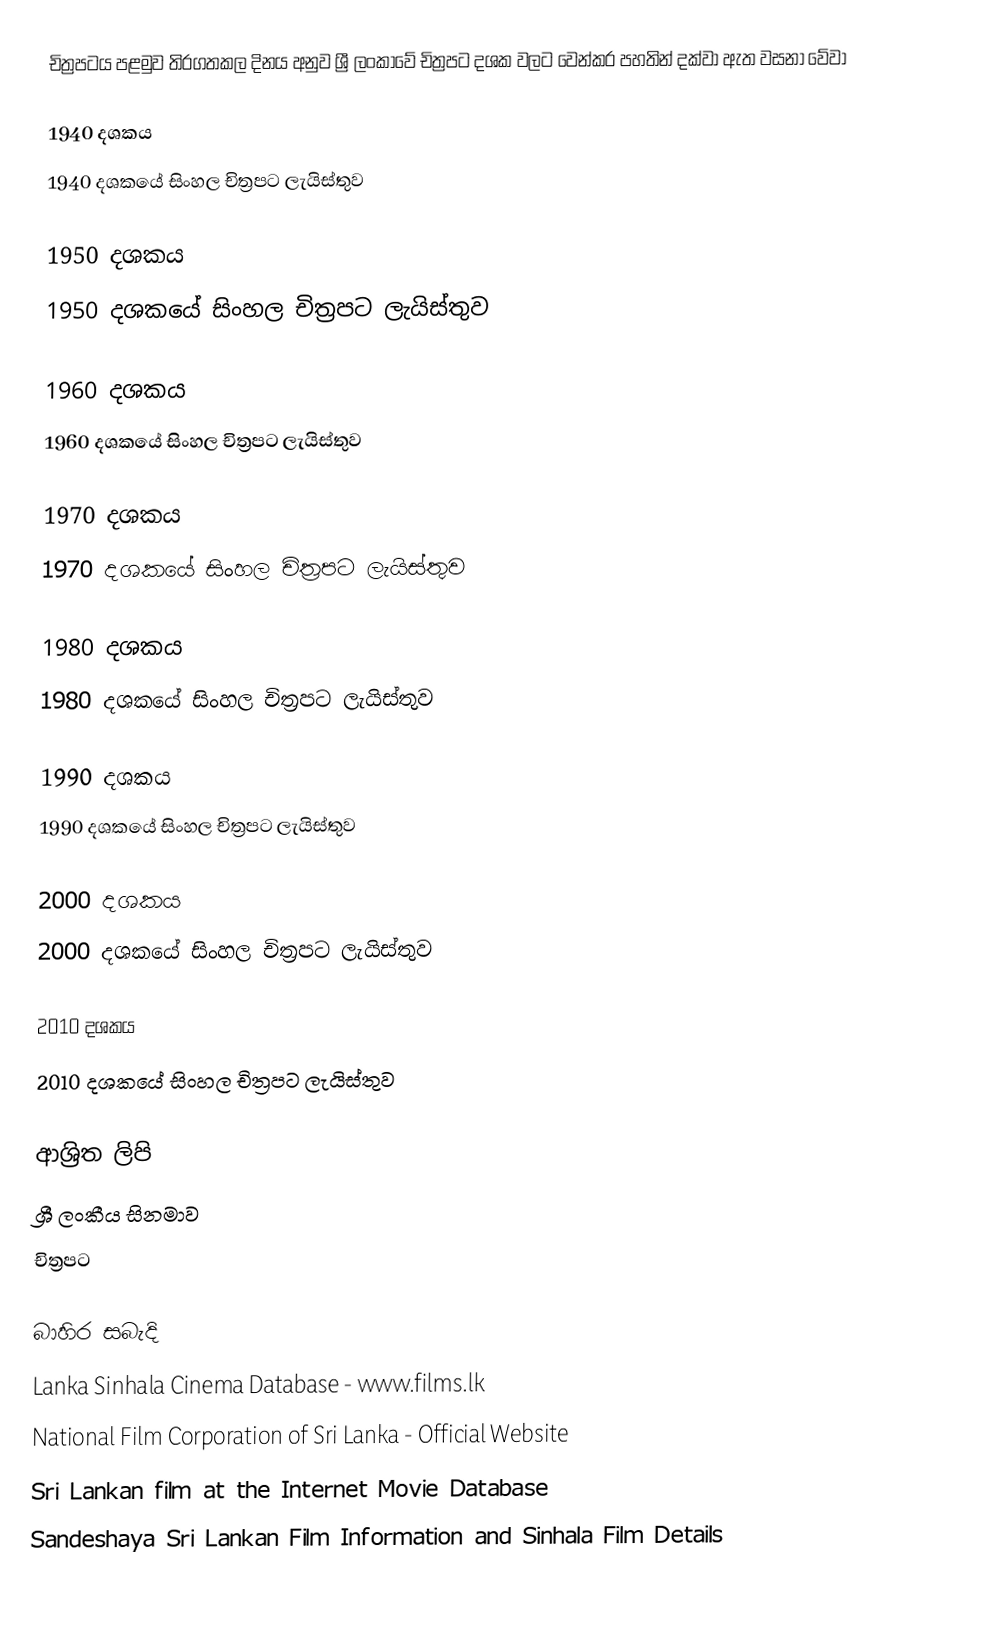
චිත්‍රපටය පළමුව තිරගතකල දිනය අනුව ශ්‍රී ලංකාවේ චිත්‍රපට දශක වලට වෙන්කර පහතින් දක්වා ඇත   වසනා වේවා

1940 දශකය
1940 දශකයේ සිංහල චිත්‍රපට ලැයිස්තුව

1950 දශකය
1950 දශකයේ සිංහල චිත්‍රපට ලැයිස්තුව

1960 දශකය
1960 දශකයේ සිංහල චිත්‍රපට ලැයිස්තුව

1970 දශකය
1970 දශකයේ සිංහල චිත්‍රපට ලැයිස්තුව

1980 දශකය
1980 දශකයේ සිංහල චිත්‍රපට ලැයිස්තුව

1990 දශකය
1990 දශකයේ සිංහල චිත්‍රපට ලැයිස්තුව

2000 දශකය
2000 දශකයේ සිංහල චිත්‍රපට ලැයිස්තුව

2010 දශකය
2010 දශකයේ සිංහල චිත්‍රපට ලැයිස්තුව

ආශ්‍රිත ලිපි
 ශ්‍රී ලංකීය සිනමාව
 චිත්‍රපට

බාහිර සබැදි
Lanka Sinhala Cinema Database - www.films.lk
National Film Corporation of Sri Lanka - Official Website
Sri Lankan film at the Internet Movie Database
Sandeshaya Sri Lankan Film Information and Sinhala Film Details